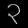
Digit: ၃